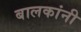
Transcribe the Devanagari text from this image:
बालकांनी